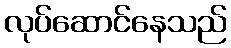
လုပ်ဆောင်နေသည်